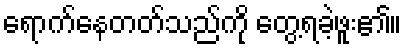
ရောက်နေတတ်သည်ကို တွေ့ရခဲ့ဖူး၏။